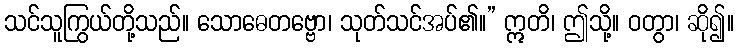
သင်သူကြွယ်တို့သည်။ သောဓေတဗ္ဗော၊ သုတ်သင်အပ်၏။” ဣတိ၊ ဤသို့။ ဝတွာ၊ ဆို၍။